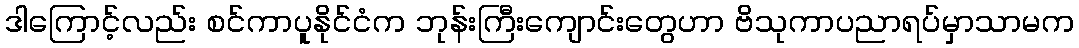
ဒါကြောင့်လည်း စင်ကာပူနိုင်ငံက ဘုန်းကြီးကျောင်းတွေဟာ ဗိသုကာပညာရပ်မှာသာမက